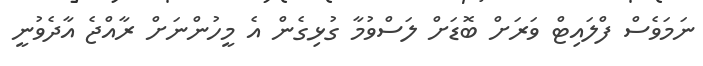
ނަމަވެސް ފްލައިޓް ވަރަށް ބޮޑަށް ލަސްވުމާ ގުޅިގެން އެ މީހުންނަށް ރާއްޖެ އާދެވުނީ